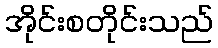
အိုင်းစတိုင်းသည်